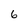
Character: 6